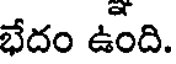
భేదం ఉంది.